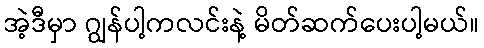
အဲ့ဒီမှာ ဂျွန်ပါ့ကလင်းနဲ့ မိတ်ဆက်ပေးပါ့မယ်။